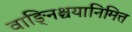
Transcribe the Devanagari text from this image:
वाङ्निश्चयानिमित्त